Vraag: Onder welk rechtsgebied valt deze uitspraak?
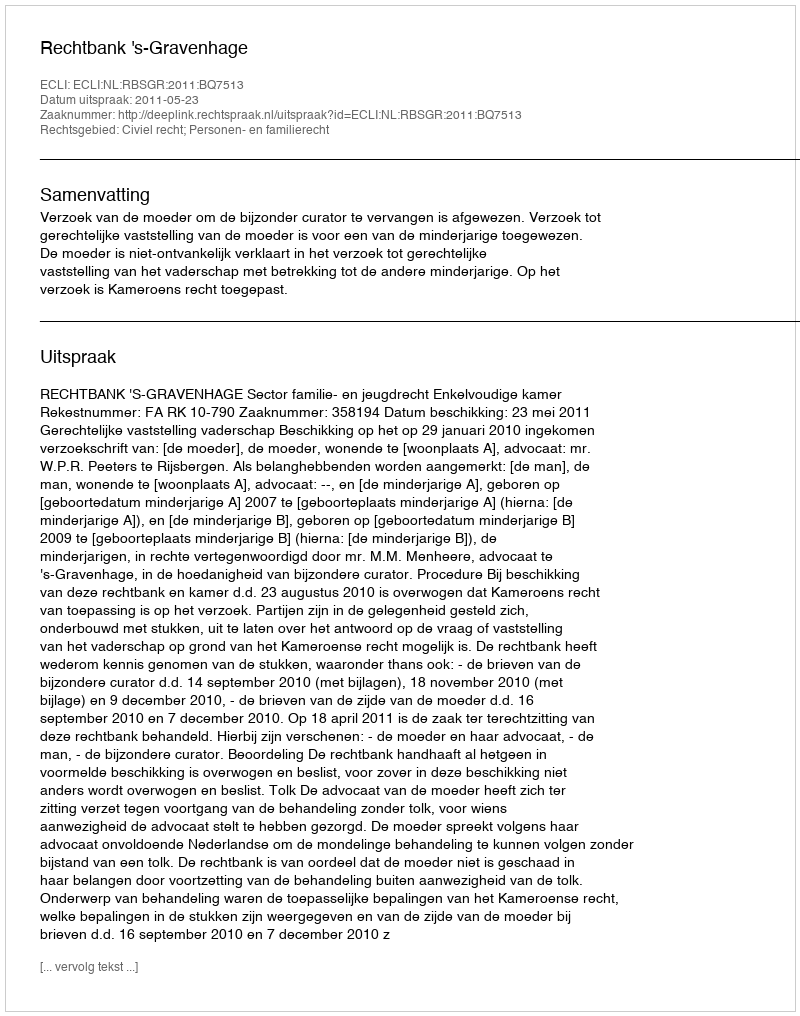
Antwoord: Civiel recht; Personen- en familierecht